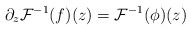
\begin{align*}\partial_{z} \mathcal{F}^{-1}(f)(z) = \mathcal{F}^{-1}(\phi)(z) \end{align*}